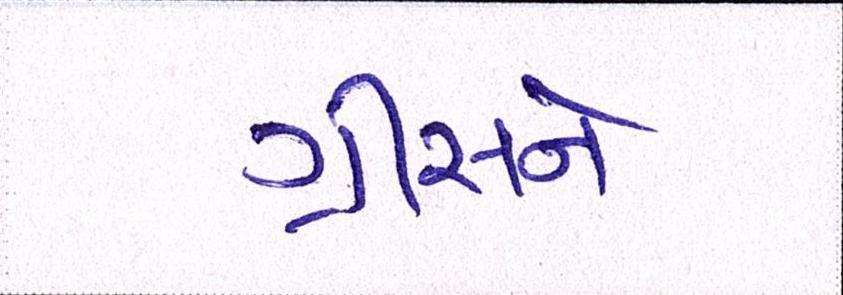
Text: ગ્રીસને